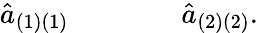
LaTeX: {\hat{a}}_{(1)(1)}\qquad\qquad{\hat{a}}_{(2)(2)}.